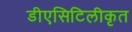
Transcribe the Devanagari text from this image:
डीएसिटिलीकृत